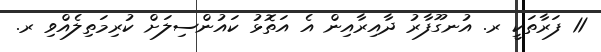
11 ފަރާތަކީ ރ. އުނގޫފާރު ދާއިރާއިން އެ އަތޮޅު ކައުންސިލަށް ކުރިމަތިލެއްވި ރ.